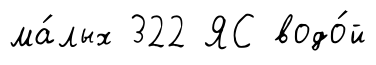
ма́лых 322 ЯС водо́й